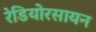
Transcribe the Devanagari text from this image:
रेडियोरसायन